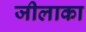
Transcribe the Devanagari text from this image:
जीलाका